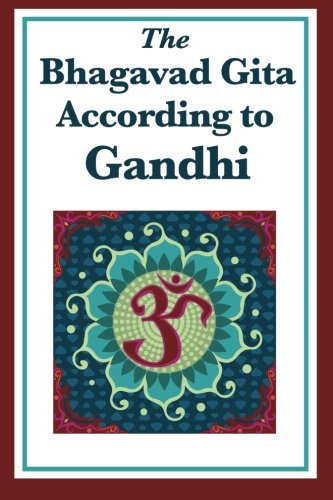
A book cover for The Bhagavad Gita According to Gandhi; Mohandas K. Gandhi; Religion & Spirituality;